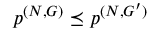
\boldsymbol { p } ^ { ( N , G ) } \preceq \boldsymbol { p } ^ { ( N , G ^ { \prime } ) }